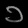
Digit: ၁